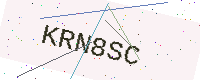
Text: KRN8SC